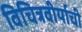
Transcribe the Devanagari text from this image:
विचित्रवीर्याची